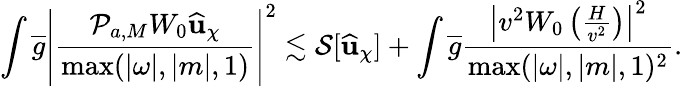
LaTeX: \int\overline{{g}}\left|\frac{\mathcal{P}_{a,M}W_{0}\widehat{\mathbf{u}}_{\chi}}{\operatorname*{max}(|\omega|,|m|,1)}\right|^{2}\lesssim\mathcal{S}[\widehat{\mathbf{u}}_{\chi}]+\int\overline{{g}}\frac{\left|v^{2}W_{0}\left(\frac{H}{v^{2}}\right)\right|^{2}}{\operatorname*{max}(|\omega|,|m|,1)^{2}}.